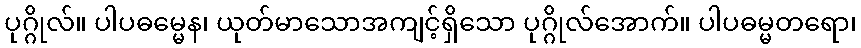
ပုဂ္ဂိုလ်။ ပါပဓမ္မေန၊ ယုတ်မာသောအကျင့်ရှိသော ပုဂ္ဂိုလ်အောက်။ ပါပဓမ္မတရော၊